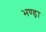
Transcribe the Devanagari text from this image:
भण्ड़ा